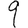
Digit: 9